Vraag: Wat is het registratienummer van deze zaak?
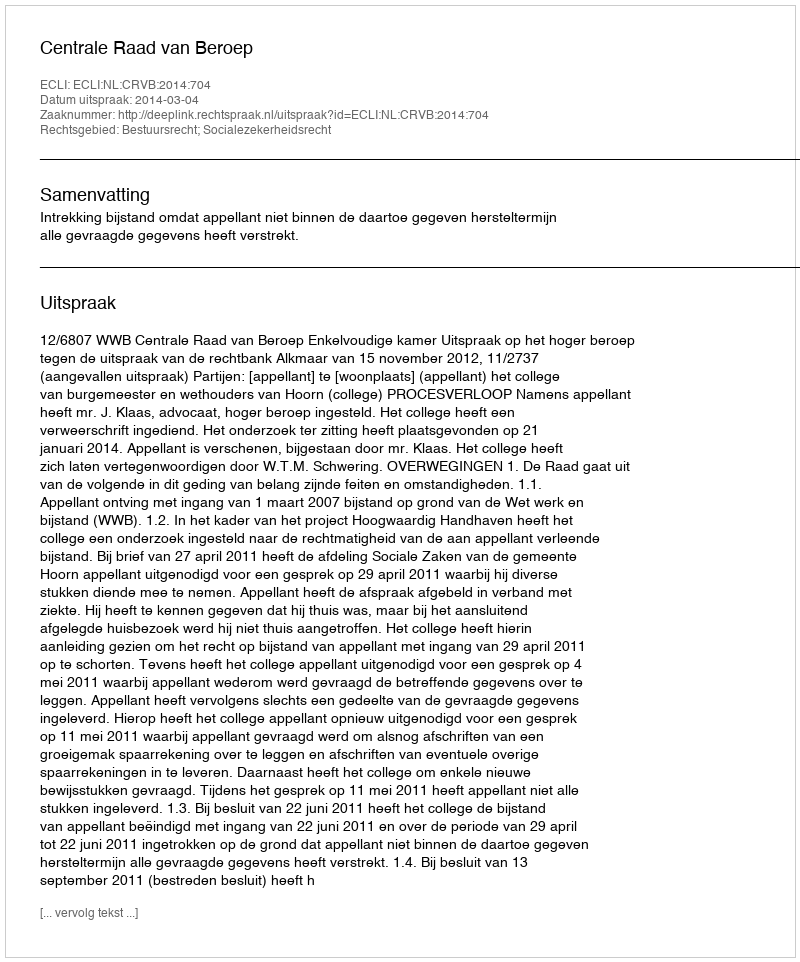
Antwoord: http://deeplink.rechtspraak.nl/uitspraak?id=ECLI:NL:CRVB:2014:704